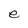
Character: e